Vaccination United Provinces of Agra and Oudh 1902-1913 - 1902-1913
Year: 1902
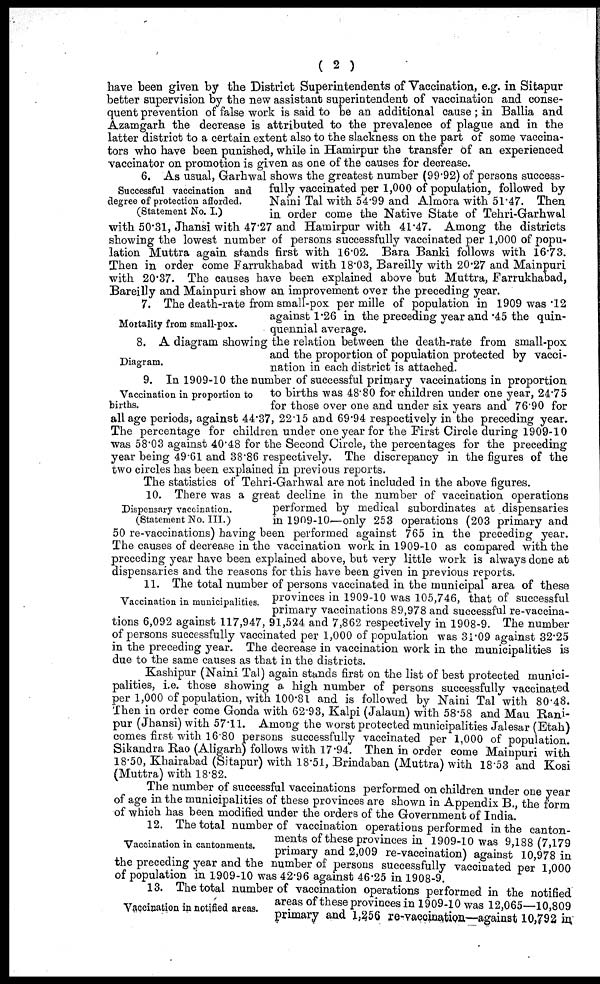
( 2 )
have been given by the District Superintendents of Vaccination, e.g. in Sitapur
better supervision by the new assistant superintendent of vaccination and conse-
quent prevention of false work is said to be an additional cause; in Ballia and
Azamgarh the decrease is attributed to the prevalence of plague and in the
latter district to a certain extent also to the slackness on the part of some vaccina-
tors who have been punished, while in Hamirpur the transfer of an experienced
vaccinator on promotion is given as one of the causes for decrease.
Successful vaccination and
degree of protection afforded.
(Statement No. I.)
6. As usual, Garhwal shows the greatest number (99.92) of persons success-
fully vaccinated per 1,000 of population, followed by
Naini Tal with 54.99 and Almora with 51.47. Then
in order come the Native State of Tehri-Garhwal
with 50.31, Jhansi with 47.27 and Hamirpur with 41.47. Among the districts
showing the lowest number of persons successfully vaccinated per 1,000 of popu-
lation Muttra again stands first with 16.02. Bara Banki follows with 16.73.
Then in order come Farrukhabad with 18.03, Bareilly with 20.27 and Mainpuri
with 20.37. The causes have been explained above but Muttra, Farrukhabad,
Bareilly and Mainpuri show an improvement over the preceding year.
Mortality from small-pox.
7. The death-rate from small-pox per mille of population in 1909 was .12
against 1.26 in the preceding year and .45 the quin-
quennial average.
Diagram.
8. A diagram showing the relation between the death-rate from small-pox
and the proportion of population protected by vacci-
nation in each district is attached.
Vaccination in proportion to
births.
9. In 1909-10 the number of successful primary vaccinations in proportion
to births was 48.80 for children under one year, 24.75
for those over one and under six years and 76.90 for
all age periods, against 44.37, 22.15 and 69.94 respectively in the preceding year.
The percentage for children under one year for the First Circle during 1909-10
was 58.03 against 40.48 for the Second Circle, the percentages for the preceding
year being 49.61 and 38.86 respectively. The discrepancy in the figures of the
two circles has been explained in previous reports.
The statistics of Tehri-Garhwal are not included in the above figures.
Dispensary vaccination.
(Statement No. III.)
10. There was a great decline in the number of vaccination operations
performed by medical subordinates at dispensaries
in 1909-10—only 253 operations (203 primary and
50 re-vaccinations) having been performed against 765 in the preceding year.
The causes of decrease in the vaccination work in 1909-10 as compared with the
preceding year have been explained above, but very little work is always done at
dispensaries and the reasons for this have been given in previous reports.
Vaccination in municipalities.
11. The total number of persons vaccinated in the municipal area of these
provinces in 1909-10 was 105,746, that of successful
primary vaccinations 89,978 and successful re-vaccina-
tions 6,092 against 117,947, 91,524 and 7,862 respectively in 1908-9. The number
of persons successfully vaccinated per 1,000 of population was 31.09 against 32.25
in the preceding year. The decrease in vaccination work in the municipalities is
due to the same causes as that in the districts.
Kashipur (Naini Tal) again stands first on the list of best protected munici-
palities, i.e. those showing a high number of persons successfully vaccinated
per 1,000 of population, with 100.81 and is followed by Naini Tal with 80.48.
Then in order come Gonda with 62.93, Kalpi (Jalaun) with 58.58 and Mau Rani-
pur (Jhansi) with 57.11. Among the worst protected municipalities Jalesar (Etah)
comes first with 16.80 persons successfully vaccinated per 1,000 of population.
Sikandra Rao (Aligarh) follows with 17.94. Then in order come Mainpuri with
18.50, Khairabad (Sitapur) with 18.51, Brindaban (Muttra) with 18.53 and Kosi
(Muttra) with 18.82.
The number of successful vaccinations performed on children under one year
of age in the municipalities of these provinces are shown in Appendix B., the form
of which has been modified under the orders of the Government of India
Vaccination in cantonments.
12. The total number of vaccination operations performed in the canton-
ments of these provinces in 1909-10 was 9,188 (7,179
primary and 2,009 re-vaccination) against 10,978 in
the preceding year and the number of persons successfully vaccinated per 1,000
of population in 1909-10 was 42.96 against 46.25 in
1908-9.
Vaccination in notified areas.
13.
The total number of vaccination operations performed in the notified
areas of these provinces in 1909-10 was 12,065—10,809
primary and 1,256 re-vaccination—against 10,792 in.